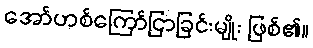
အော်ဟစ်ကြော်ငြာခြင်းမျိုး ဖြစ်၏။